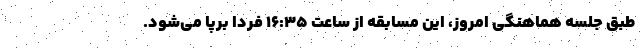
طبق جلسه هماهنگی امروز، این مسابقه از ساعت ۱۶:۳۵ فردا برپا می‌شود.